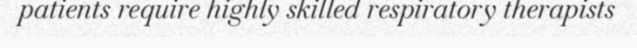
patients require highly skilled respiratory therapists